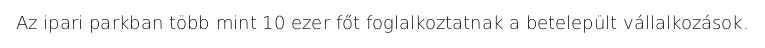
Az ipari parkban több mint 10 ezer főt foglalkoztatnak a betelepült vállalkozások.